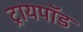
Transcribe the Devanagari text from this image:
ट्रायपाॅड